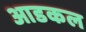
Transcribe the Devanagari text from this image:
आडकल